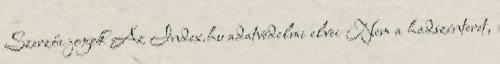
Szerzői jogok Az Index.hu adatvédelmi elvei Nem a hadszínteret,